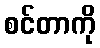
စင်တာကို